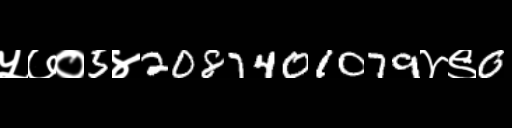
Text: ५७०5४2087401079४९0